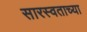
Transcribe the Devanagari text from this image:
सारस्वताच्या